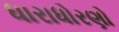
ધારાધોરણો